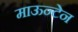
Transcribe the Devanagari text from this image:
माऊन्टेन